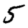
Digit: 5